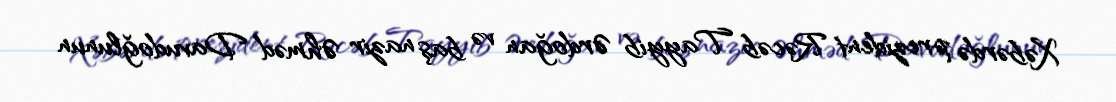
Xəbərdə prezident Rəcəb Tayyib Ərdoğan və baş nazir Əhməd Davudoğlunun